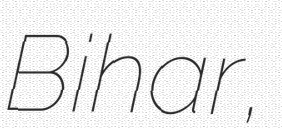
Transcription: Bihar,